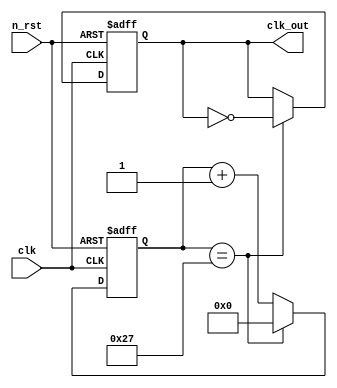
module spi_clk #(
    parameter DIVIDER = 40
)(
    input clk, n_rst,
    output clk_out
);

reg[8:0] counter;
reg cur_clk;

always @(posedge clk, negedge n_rst) begin
    if(n_rst == 0) begin
        counter <= '0;
        cur_clk <= 0;
    end
    else if (counter==DIVIDER-1) begin
        cur_clk <= ~cur_clk;
        counter <= '0;
    end else begin
        counter<=counter+1;
    end
end

assign clk_out = cur_clk;

endmodule